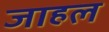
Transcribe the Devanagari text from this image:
जाहल